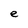
Character: e